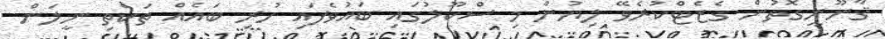
ޤާނޫނީގޮތުން ގެޒެޓްކުރެވޭ ލިޔުން މި ސްކޫލުގައި ބައުވެފައި ހުރި ބައެއް ތަކެތި ނީލަން